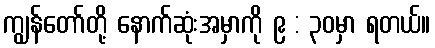
ကျွန်တော်တို့ နောက်ဆုံးအမှာကို ၉ : ၃၀မှာ ရတယ်။